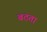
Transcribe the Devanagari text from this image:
बठता